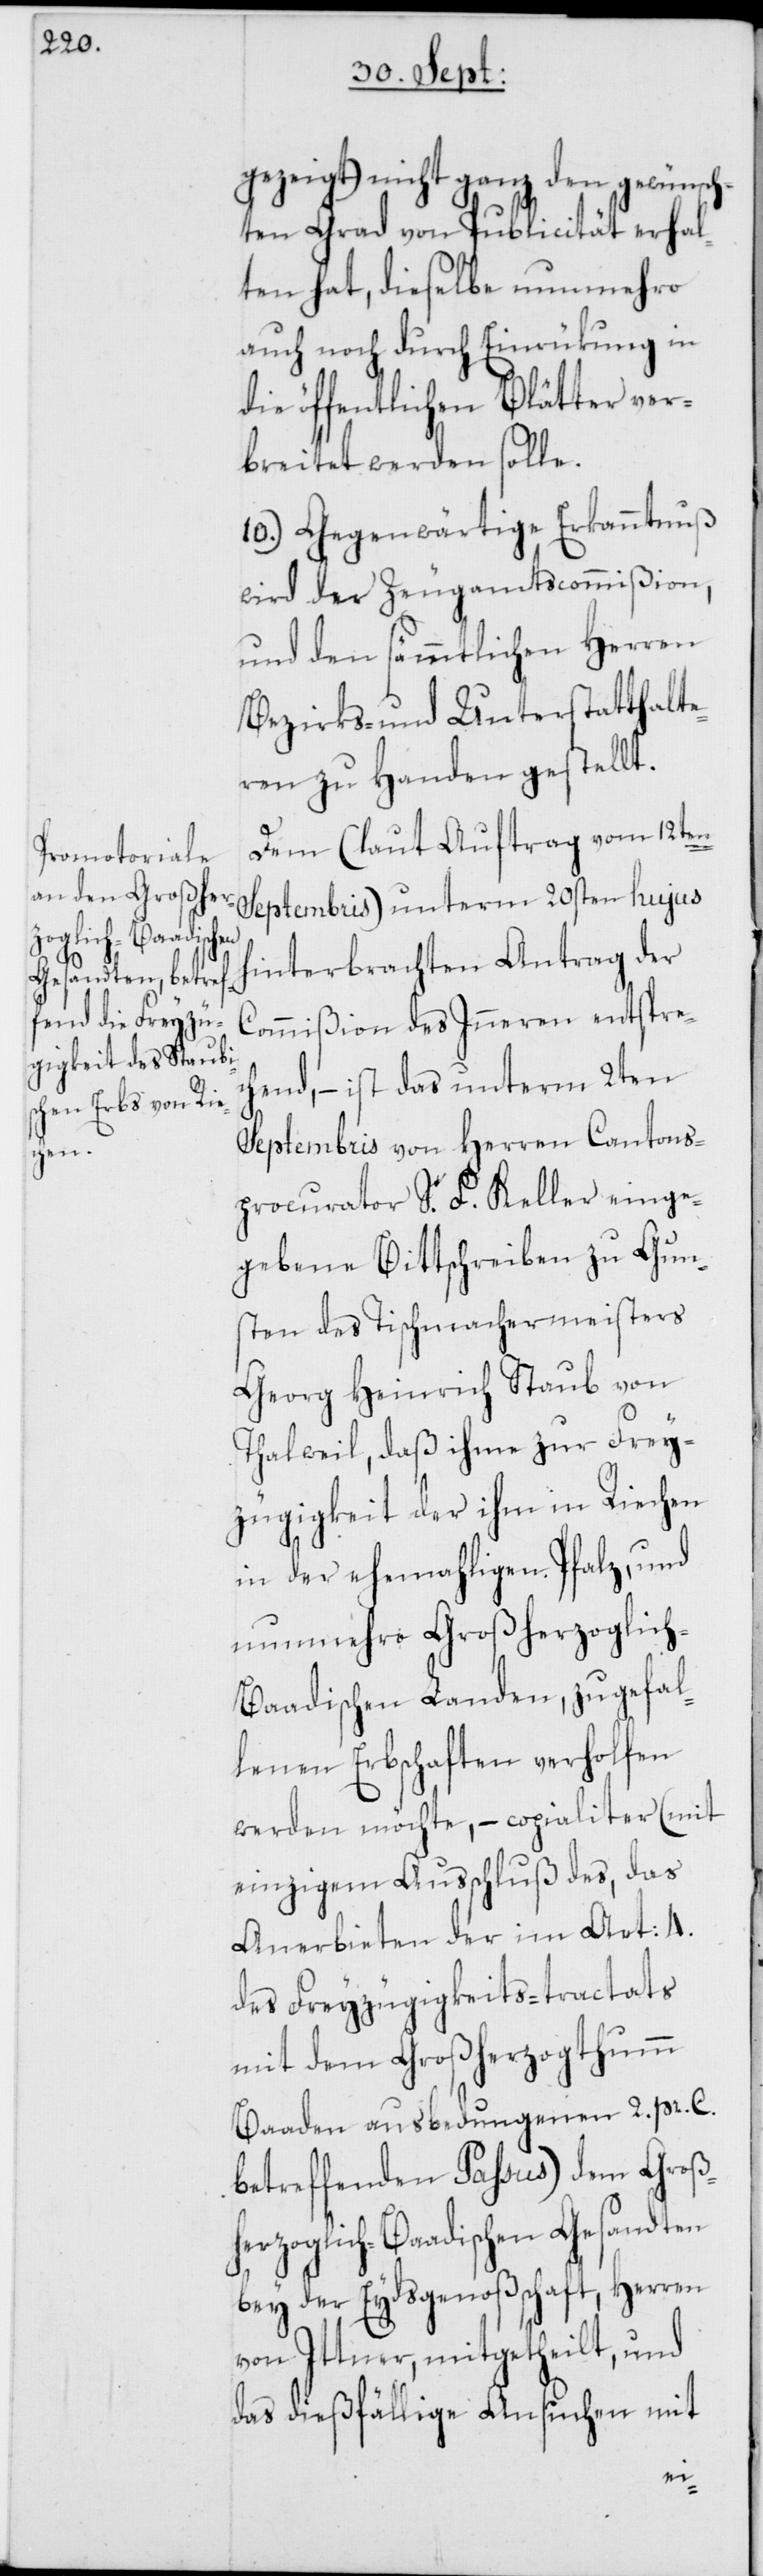
gezeigt) nicht ganz den gewünsch¬
ten Grad von Publicität erhal¬
ten hat, dieselbe nunmehro
auch noch durch Einrükung in
die öffentlichen Blätter ver¬
breitet werden solle.
10.) Gegenwärtige Erkanntnuß
wird der Zeugamtscommißion,
und den sämmtlichen Herren
Bezirks- und Unterstatthalte¬
ren zu Handen gestellt.
Dem (laut Auftrag vom 12ten
Septembris) unterm 20sten hujus
hinterbrachten Antrag der
Commißion des Inneren entspre¬
chend, – ist das unterm 2ten
Septembris von Herren Cantons¬
procurator S. F. Keller einge¬
gebene Bittschreiben zu Gun¬
sten des Tischmachermeisters
Georg Heinrich Staub von
Thalweil, daß ihme zur Frey¬
zügigkeit der ihm in Riechen
in der ehemahligen Pfalz, und
nunmehro Großherzoglic¬
h-Baadischen Landen, zugefal¬
lenen Erbschaften verholfen
werden möchte, – copialiter (mit
einzigem Ausschluß des, das
Anerbieten der im Art: 4.
des Freyzügigkeits-tractats
mit dem Großherzogthumm
Baaden ausbedungenen 2. pr. C.
betreffenden Passus) dem Großh¬
erzoglich-Baadischen Gesandten
bey der Eydsgenoßschaft Herren
von Ittner, mitgetheilt, und
das dießfällige Ansuchen mit